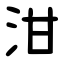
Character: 泔